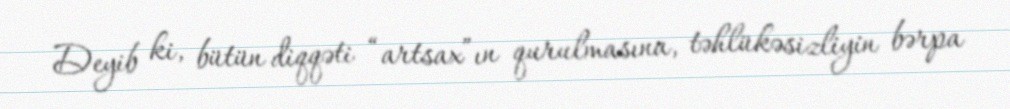
Deyib ki, bütün diqqəti “artsax”ın qurulmasına, təhlükəsizliyin bərpa